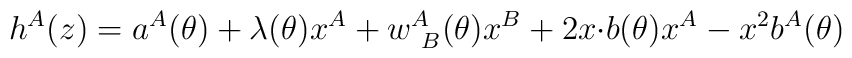
h^{A}(z)=a^{A}(\theta)+\lambda(\theta)x^{A}+w^{A}_{~B}(\theta)x^{B}+2x{\cdot b}(\theta)x^{A}-x^{2}b^{A}(\theta)